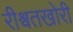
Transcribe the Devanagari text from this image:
रीश्वतखोरी